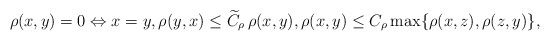
\begin{align*}\rho(x,y)=0\Leftrightarrow x=y,\rho(y,x)\leq \widetilde{C}_\rho\,\rho(x,y),\rho(x,y)\leq C_\rho\max\{\rho(x,z),\rho(z,y)\},\end{align*}